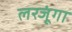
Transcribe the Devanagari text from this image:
लरजूंगा